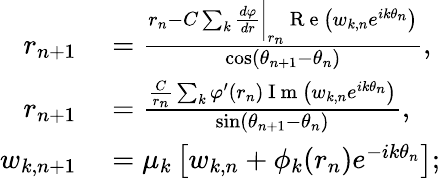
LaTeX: \begin{array}{rl}{r_{n+1}}&{{}=\frac{r_{n}-C\sum_{k}\frac{d\varphi}{dr}\bigg|_{r_{n}}\mathrm{~R~e~}\left(w_{k,n}e^{ik\theta_{n}}\right)}{\cos(\theta_{n+1}-\theta_{n})},}\\ {r_{n+1}}&{{}=\frac{\frac{C}{r_{n}}\sum_{k}\varphi^{\prime}(r_{n})\mathrm{~I~m~}\left(w_{k,n}e^{ik\theta_{n}}\right)}{\sin(\theta_{n+1}-\theta_{n})},}\\ {w_{k,n+1}}&{{}=\mu_{k}\left[w_{k,n}+\phi_{k}(r_{n})e^{-ik\theta_{n}}\right];}\end{array}